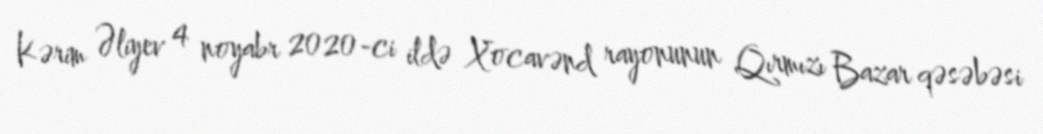
Kərim Əliyev 4 noyabr 2020-ci ildə Xocavənd rayonunun Qırmızı Bazar qəsəbəsi